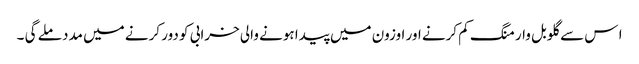
ا س سے گلوبل وارمنگ کم کرنے اور اوزون میں پیدا ہونے والی خرابی کو دور کرنے میں مدد ملے گی ۔